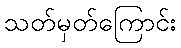
သတ်မှတ်ကြောင်း